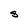
Character: S